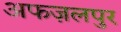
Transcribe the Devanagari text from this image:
अफज़लपुर